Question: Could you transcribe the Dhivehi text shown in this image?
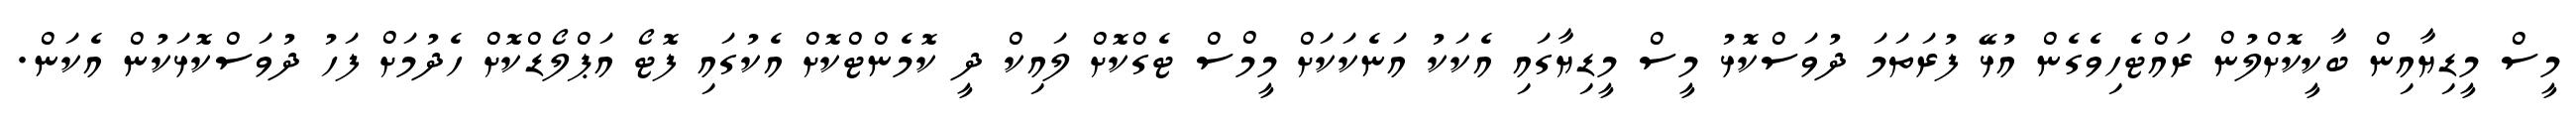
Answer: މީސް މީޑިޔާއިން ބާކީކޮށްލުން ރައްޓެހިވެގެން އުޅޭ ފުރަތަމަ ދުވަސްކޮޅު މީސް މީޑިޔާގައި އެކަކު އަނެކަކަށް މީމްސް ޓެގްކޮށް ލައިކް ދީ ކޮމެންޓްކޮށް އެކުގައި ފޮޓޯ އަޕްލޯޑްކޮށް ހެދުމަށް ފަހު ދުވަސްކޮޅަކުން އެކަން.